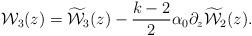
LaTeX: \begin{align*}{{\cal W}_3(z)} = {\widetilde{\cal W}_3(z)} - \frac{k-2}{2} \alpha_0 \partial_z {\widetilde{\cal W}_2(z)}.\end{align*}